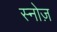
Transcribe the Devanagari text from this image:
स्नोज़